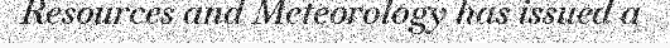
Resources and Meteorology has issued a